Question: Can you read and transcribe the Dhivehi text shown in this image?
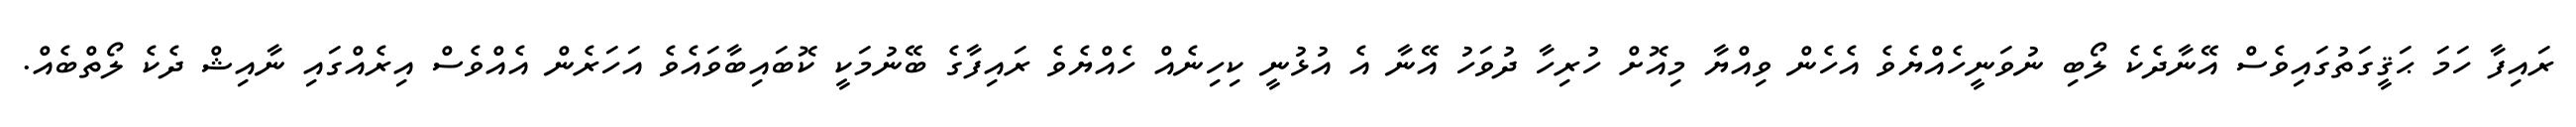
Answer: ރައިފާ ހަމަ ޙަޤީގަތުގައިވެސް އޭނާދެކެ ލޯބި ނުވަނީހެއްޔެވެ އެހެން ވިއްޔާ މިއޮށް ހުރިހާ ދުވަހު އޭނާ އެ އުޅުނީ ކިހިނެއް ހެއްޔެވެ ރައިފާގެ ބޭނުމަކީ ކޮބައިބާވައެވެ އަހަރެން އެއްވެސް އިރެއްގައި ނާއިޝް ދެކެ ލޯތްބެއް.